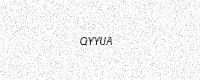
Text: QYYUA